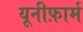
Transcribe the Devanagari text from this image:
यूनीफ़ार्म